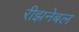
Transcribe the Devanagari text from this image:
रीझनेबल